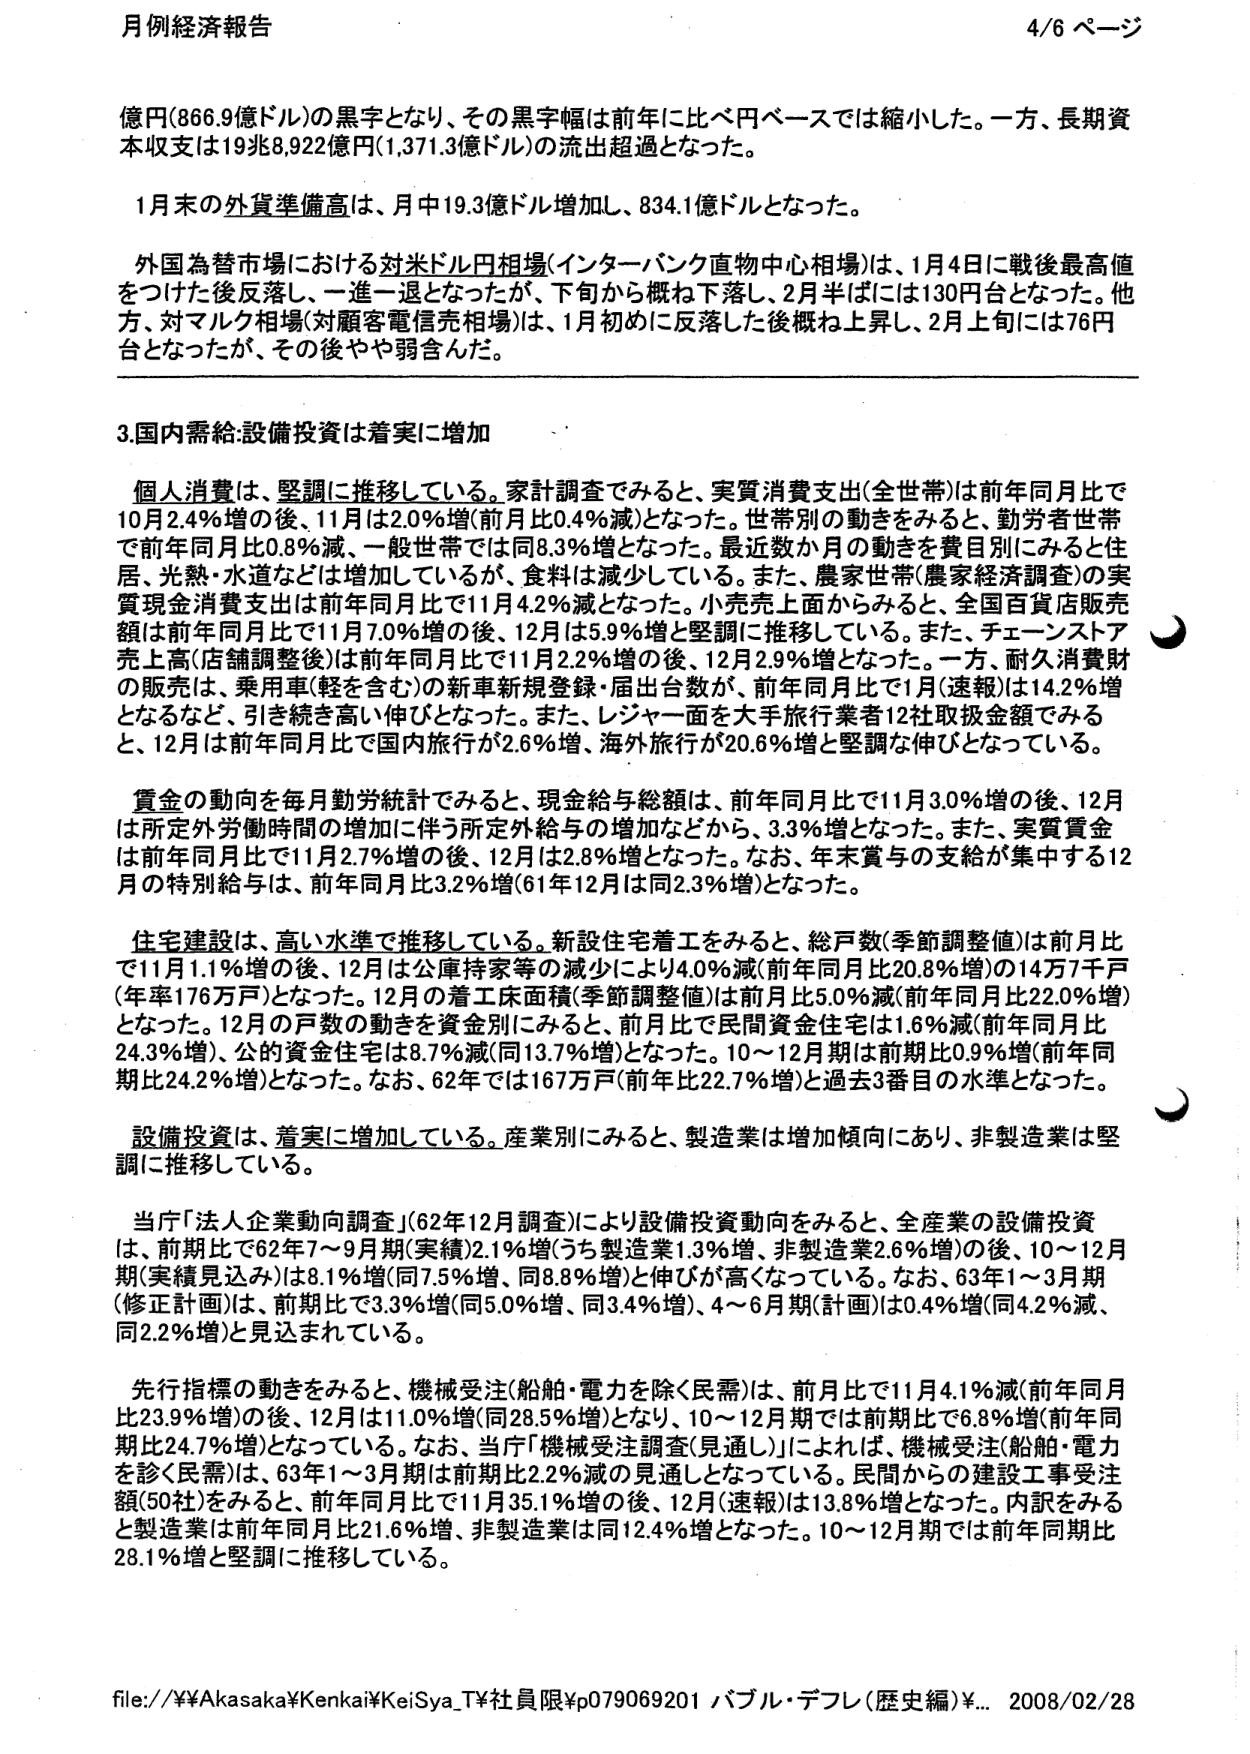
月例経済報告 4/6 ページ

億円(866.9億ドル)の黒字となり、その黒字幅は前年比べ円ベースでは縮小した。一方、長期資本収支は19兆8,922億円(1,371.3億ドル)の流出超過となった。

1月末の外貨準備高は、月中19.3億ドル増加し、834.1億ドルとなった。

外国為替市場における対米ドル円相場(インターバンク直物中心相場)は、1月4日に戦後最高値をつけた後反落し、一進一退となったが、下旬から概ね下落し、2月半ばには130円台となった。他方、対マルク相場(対顧客電信売相場)は、1月初めに反落した後概ね上昇し、2月上旬には76円台となったが、その後やや弱含んだ。

3.国内需給:設備投資は着実に増加

個人消費は、堅調に推移している。家計調査でみると、実質消費支出(全世帯)は前年同月比で10月2.4%増の後、11月は2.0%増(前月比0.4%減)となった。世帯別の動きをみると、勤労者世帯で前年同月比0.8%減、一般世帯では同8.3%増となった。最近数か月の動きを費目別にみると住居、光熱・水道などは増加しているが、食料は減少している。また、農家世帯(農家経済調査)の実質現金消費支出は前年同月比で11月4.2%減となった。小売売上面からみると、全国百貨店販売額は前年同月比で11月7.0%増の後、12月は5.9%増と堅調に推移している。また、チェーンストア売上高(店舗調整後)は前年同月比で11月2.2%増の後、12月2.9%増となった。一方、耐久消費財の販売は、乗用車(軽を含む)の新車新規登録・届出台数が、前年同月比で1月(速報)は14.2%増となるなど、引き続き高い伸びとなった。また、レジャー面を大手旅行業者12社取扱金額でみると、12月は前年同月比で国内旅行が2.6%増、海外旅行が20.6%増と堅調な伸びとなっている。

賃金の動向を毎月勤労統計でみると、現金給与総額は、前年同月比で11月3.0%増の後、12月は所定外労働時間の増加に伴う所定外給与の増加などから、3.3%増となった。また、実質賃金は前年同月比で11月2.7%増の後、12月は2.8%増となった。なお、年末賞与の支給が集中する12月の特別給与は、前年同月比3.2%増(61年12月は同2.3%増)となった。

住宅建設は、高い水準で推移している。新設住宅着工をみると、総戸数(季節調整値)は前月比で11月1.1%増の後、12月は公庫持家等の減少により4.0%減(前年同月比20.8%増)の14万7千戸(年率176万戸)となった。12月の着工床面積(季節調整値)は前月比5.0%減(前年同月比22.0%増)となった。12月の戸数の動きを資金別にみると、前月比で民間資金住宅は1.6%減(前年同月比24.3%増)、公の資金住宅は8.7%減(同13.7%増)となった。10～12月期は前期比0.9%増(前年同期比24.2%増)となった。なお、62年では167万戸(前年比22.7%増)と過去3番目の水準となった。

設備投資は、着実に増加している。産業別にみると、製造業は増加傾向にあり、非製造業は堅調に推移している。

当庁「法人企業動向調査」(62年12月調査)により設備投資動向をみると、全産業の設備投資は、前期比で62年7～9月期(実績)2.1%増(うち製造業1.3%増、非製造業2.6%増)の後、10～12月期(実績見込み)は8.1%増(同7.5%増、同8.8%増)と伸びが高くなっている。なお、63年1～3月期(修正計画)は、前期比で3.3%増(同5.0%増、同3.4%増)、4～6月期(計画)は0.4%増(同4.2%減、同2.2%増)と見込まれている。

先行指標の動きをみると、機械受注(船舶・電力を除く民需)は、前月比で11月4.1%減(前年同月比23.9%増)の後、12月は11.0%増(同28.5%増)となり、10～12月期では前期比で6.8%増(前年同期比24.7%増)となっている。なお、当庁「機械受注調査(見通し)」によれば、機械受注(船舶・電力を除く民需)は、63年1～3月期は前期比2.2%減の見通しとなっている。民間からの建設工事受注額(50社)をみると、前年同月比で11月35.1%増の後、12月(速報)は13.8%増となった。内訳をみると製造業は前年同月比21.6%増、非製造業は同12.4%増となった。10～12月期では前年同期比28.1%増と堅調に推移している。

file://¥¥Akasaka¥Kenkai¥KeiSya_T¥社員限¥p079069201 バブル・デフレ(歴史編)¥... 2008/02/28